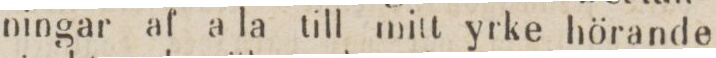
ningar af a la till mitt yrke hörande